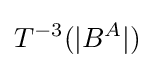
T^{-3}(|B^{A}|)